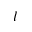
l